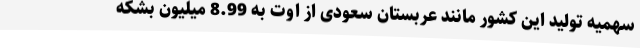
سهمیه تولید این کشور مانند عربستان سعودی از اوت به 8.99 میلیون بشکه